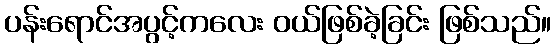
ပန်းရောင်အပွင့်ကလေး ဝယ်ဖြစ်ခဲ့ခြင်း ဖြစ်သည်။